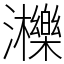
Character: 𤄿